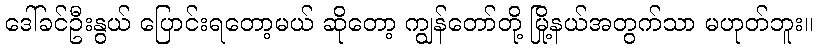
ဒေါ်ခင်ဦးနွယ် ပြောင်းရတော့မယ် ဆိုတော့ ကျွန်တော်တို့ မြို့နယ်အတွက်သာ မဟုတ်ဘူး။